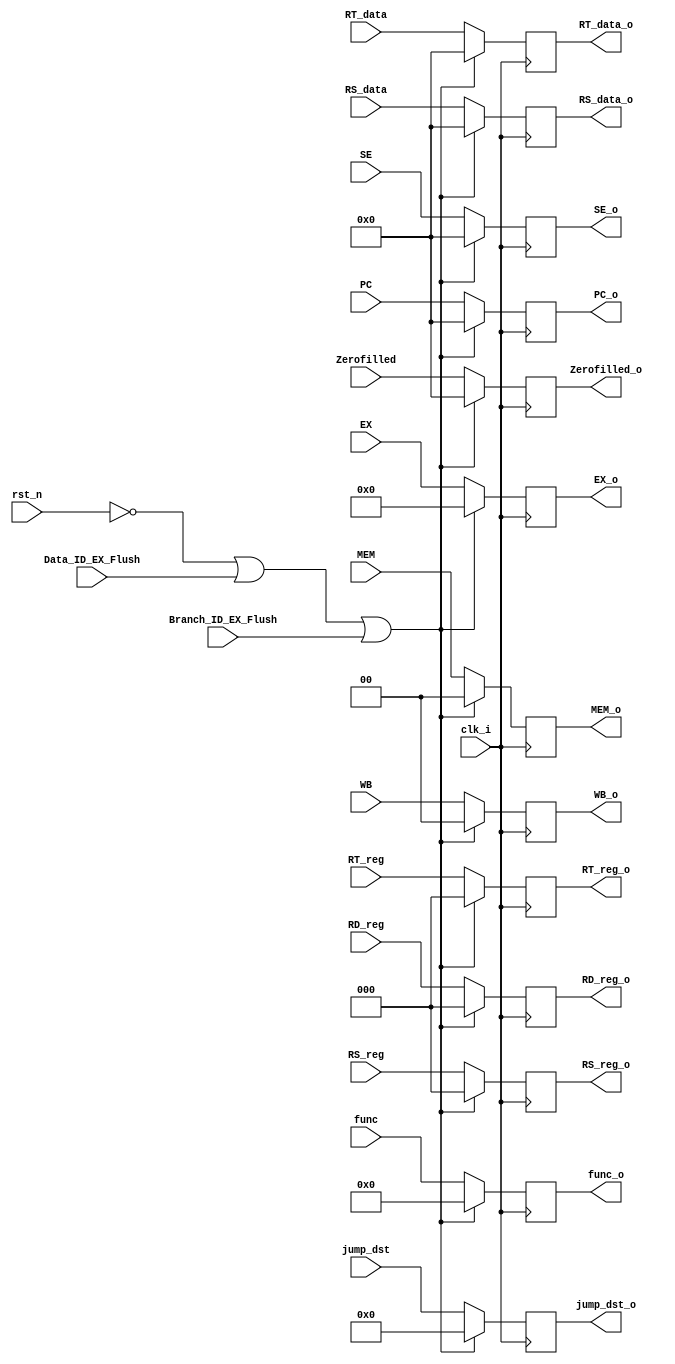
module ID_EX_Stage( clk_i , 
                     rst_n , 
                     Data_ID_EX_Flush , 
                     Branch_ID_EX_Flush ,
                     EX , 
                     MEM , 
                     WB , 
                     jump_dst , 
                     PC , 
                     RS_data , 
                     RT_data , 
                     SE , 
                     Zerofilled , 
                     func, 
                     RT_reg , 
                     RD_reg , 
                     RS_reg,
                                     EX_o , MEM_o , WB_o ,jump_dst_o , PC_o , RS_data_o , RT_data_o , SE_o , Zerofilled_o , func_o,RT_reg_o , RD_reg_o , RS_reg_o );
                     
input clk_i;
input rst_n;                     
input Data_ID_EX_Flush;
input Branch_ID_EX_Flush ;                     
input[1:0]  WB;
input[1:0]  MEM;
input[6:0]  EX;
input[12:0] jump_dst;
input[15:0]  PC;
input[15:0]  RS_data;
input[15:0]  RT_data;
input[15:0] Zerofilled;
input[3:0] func;
input[15:0] SE;
input[2:0] RT_reg;
input[2:0] RD_reg;
input[2:0] RS_reg;

output reg   [1:0]  WB_o;
output reg   [1:0]  MEM_o;
output reg   [6:0]  EX_o;
output reg   [12:0] jump_dst_o;       
output reg   [15:0] PC_o;

output reg   [15:0] RS_data_o;
output reg   [15:0] RT_data_o;
output reg   [15:0] Zerofilled_o;
output reg   [3:0]  func_o;
output reg   [15:0] SE_o;

output reg   [2:0] RT_reg_o;
output reg   [2:0] RD_reg_o;
output reg   [2:0] RS_reg_o;

always @ (posedge clk_i )
begin
    if( ~rst_n | Data_ID_EX_Flush | Branch_ID_EX_Flush)
 begin
        WB_o <= 2'b00;     
        MEM_o <= 2'b00;    
        EX_o <= 6'b000000;     
        jump_dst_o <=0 ;
        PC_o <= 0;     
        
        RS_data_o <= 0;
        RT_data_o <= 0;
        SE_o <= 0;     
        Zerofilled_o <= 0;
        func_o <=0 ;
      
        RT_reg_o <= 0; 
        RD_reg_o <= 0; 
        RS_reg_o <= 0;
        end
    else begin
        WB_o <= WB;     
        MEM_o <= MEM;    
        EX_o <= EX;     
        jump_dst_o <= jump_dst ;
        PC_o <= PC;     
       
        RS_data_o <= RS_data;
        RT_data_o <= RT_data;
        SE_o <= SE;     
        Zerofilled_o <= Zerofilled;
        func_o <= func ;
       
        RT_reg_o <= RT_reg; 
        RD_reg_o <= RD_reg; 
        RS_reg_o <= RS_reg;
    end
end

endmodule